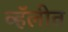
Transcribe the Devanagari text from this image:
व्हॅलीत